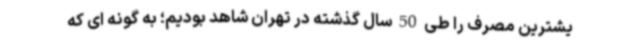
یشترین مصرف را طی 50 سال گذشته در تهران شاهد بودیم؛ به گونه ای که